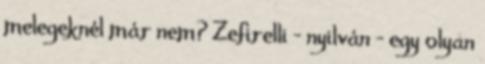
melegeknél már nem? Zefirelli - nyilván - egy olyan